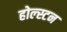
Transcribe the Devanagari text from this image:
होल्स्टन